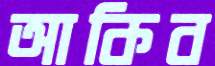
আকিব